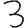
Digit: 3